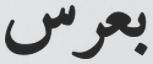
بعرس